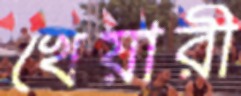
খেয়ারী